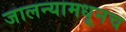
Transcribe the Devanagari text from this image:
जालन्यामधूनच